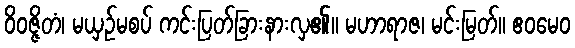
ဝိဝဇ္ဇိတံ၊ မယှဉ်မစပ် ကင်းပြတ်ခြားနားလှ၏။ မဟာရာဇ၊ မင်းမြတ်။ ဧဝမေဝ